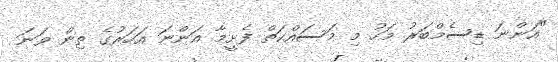
"އަންނަ ޑިސެމްބަރު މަހު މި މަސައްކަތް ފެށީމާ އަންނަ އަހަރުގެ ތިން ވަނަ